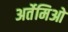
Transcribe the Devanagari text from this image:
अर्तेमिओ